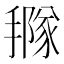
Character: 𢵩